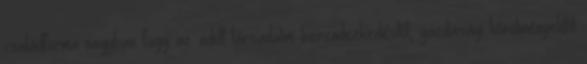
családforma nagyban függ az adott társadalmi berendezkedéstől, gazdasági körülményektől